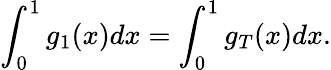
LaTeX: \int_{0}^{1}g_{1}(x)dx=\int_{0}^{1}g_{T}(x)dx.